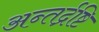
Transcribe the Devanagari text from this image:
अन्तर्द्रष्टि